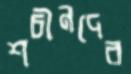
শচীনদের